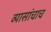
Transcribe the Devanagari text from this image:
व्यासांचाच